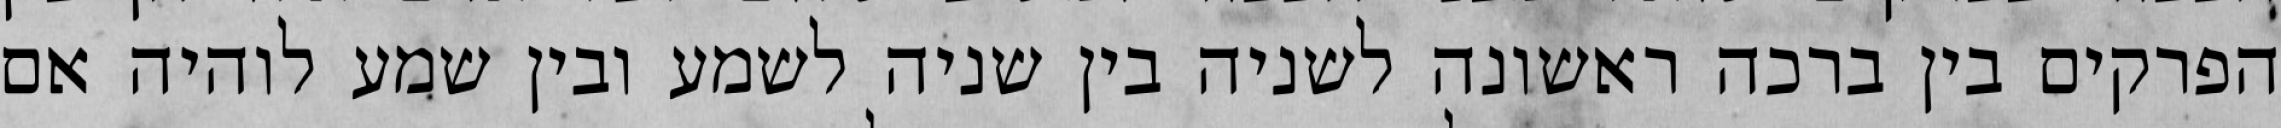
הפרקים בין ברכה ראשונה לשניה בין שניה לשמע ובין שמע לוהיה אם